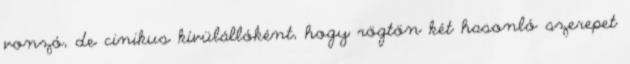
vonzó, de cinikus kívülállóként, hogy rögtön két hasonló szerepet